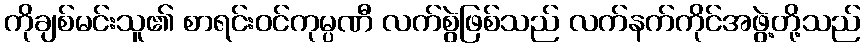
ကိုချစ်မင်းသူ၏ စာရင်းဝင်ကုမ္ပဏီ လက်စွဲဖြစ်သည် လက်နက်ကိုင်အဖွဲ့တို့သည်